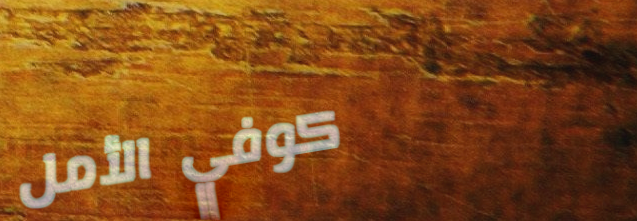
كوفي الأمل